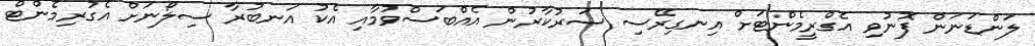
ލަންޑަނަން ފޮނުވި އެގްރީމެންޓަށް އިނގިރޭސި ސަރުކާރުން އެއްބަސްވުމާއި އެކު އަނބުރާ ސިލޯނަށް އެގުރިމެންޓް